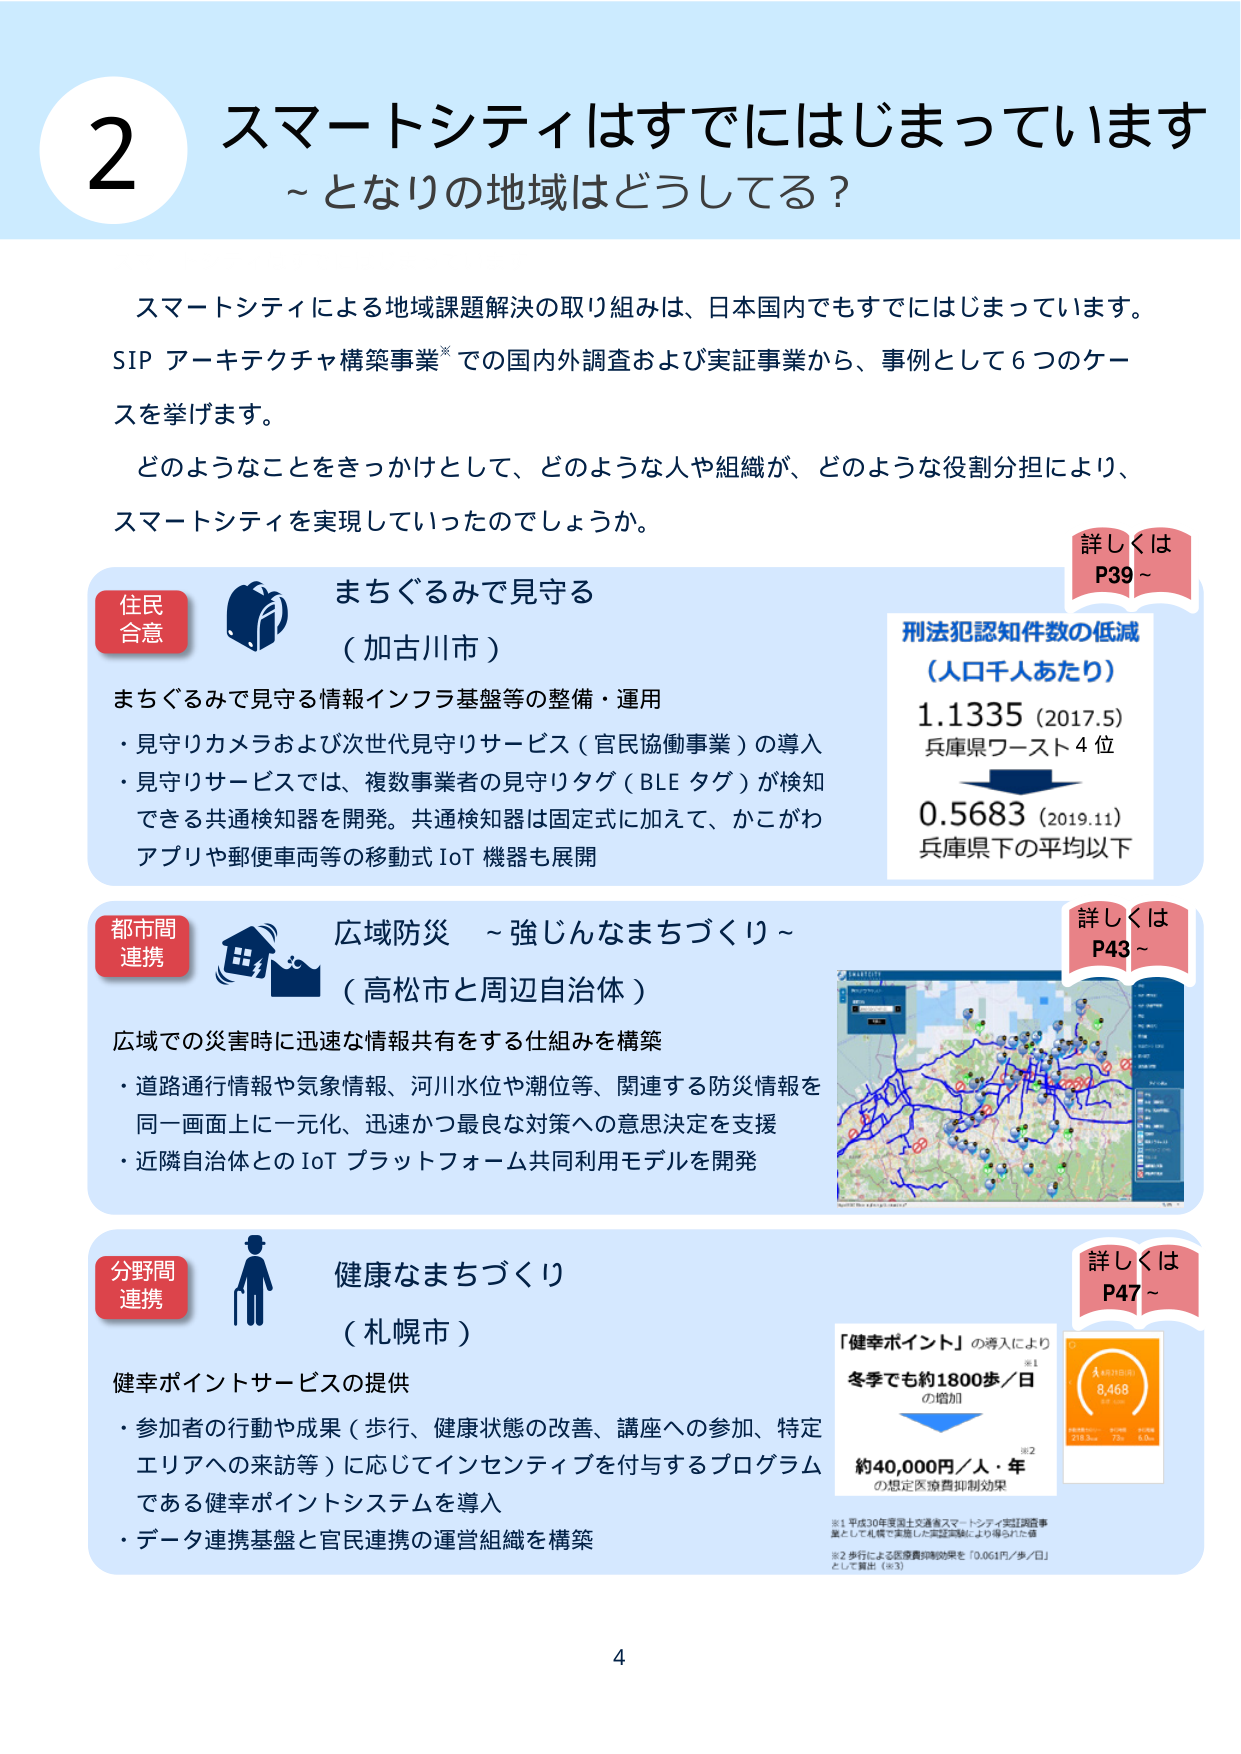
2 スマートシティはすでにはじまっています
～となりの地域はどうしてる？

スマートシティによる地域課題解決の取り組みは、日本国内でもすでにはじまっています。
SIP アーキテクチャ構築事業※での国内外調査および実証事業から、事例として6つのケースを挙げます。
どのようなことをきっかけとして、どのような人や組織が、どのような役割分担により、スマートシティを実現していったのでしょうか。

詳しく述べは P39～

住民合意
まちぐるみで見守る
（加古川市）
まちぐるみで見守る情報インフラ基盤等の整備・運用
・見守りカメラおよび次世代見守りサービス（官民協働事業）の導入
・見守りサービスでは、複数事業者の見守りタグ（BLE タグ）が検知できる共通検知器を開発。共通検知器は固定式に加えて、かこがわアプリや郵便車両等の移動式 IoT 機器も展開

刑法犯認知件数の低減
（人口千人あたり）
1.1335（2017.5）
兵庫県ワースト4位
↓
0.5683（2019.11）
兵庫県下の平均以下

詳しく述べは P43～

都市間連携
広域防災 ～強じんなまちづくり～
（高松市と周辺自治体）
広域での災害時に迅速な情報共有をする仕組みを構築
・道路通行情報や気象情報、河川水位や潮位等、関連する防災情報を同一画面上に一元化、迅速かつ最良な対策への意思決定を支援
・近隣自治体との IoT プラットフォーム共同利用モデルを開発

詳しく述べは P47～

分野間連携
健康なまちづくり
（札幌市）
健幸ポイントサービスの提供
・参加者の行動や成果（歩行、健康状態の改善、講座への参加、特定エリアへの来訪等）に応じてインセンティブを付与するプログラムである健幸ポイントシステムを導入
・データ連携基盤と官民連携の運営組織を構築

「健幸ポイント」の導入により
冬季でも約1800歩／日の増加
↓
約40,000円／人・年の想定医療費抑制効果

※1 平成30年度国土交通省スマートシティ実証調査事業として札幌で実施した実証実験により得られた値
※2 歩行による医療費抑制効果を「0.061円／歩／日」として算出（※3）

4